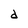
Character: d